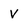
Character: V